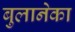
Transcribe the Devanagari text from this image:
बुलानेका